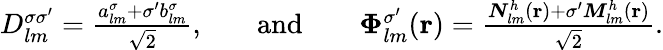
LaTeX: \begin{array}{rlrlr}{D_{lm}^{\sigma\sigma^{\prime}}=\frac{{a_{lm}^{\sigma}+\sigma^{\prime}b_{lm}^{\sigma}}}{\sqrt{2}},}&{}&{\mathrm{and}}&{}&{\boldsymbol{\Phi}_{lm}^{\sigma^{\prime}}({\mathbf r})=\frac{{\boldsymbol{N}}_{lm}^{h}({\mathbf r})+\sigma^{\prime}{\boldsymbol{M}}_{lm}^{h}({\mathbf r})}{\sqrt{2}}.}\end{array}